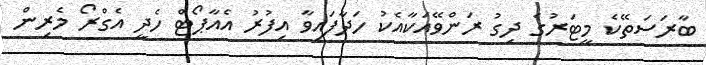
ބާރަސަތޭކެ މީޓަރުގެ ދިގު ރަންވޭއަކާއެކު ހަދާފައިވާ އިފުރު އެއާޕޯޓް ހެދީ އެގްރޯ މެރިން